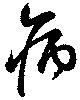
病